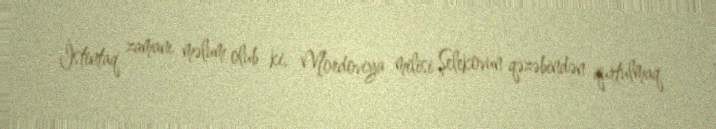
İstintaq zamanı məlum olub ki, Mordoviya milisi Şelekovun qəzəbindən qurtulmaq